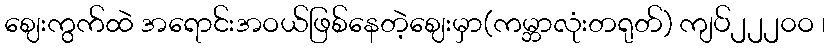
ဈေးကွက်ထဲ အရောင်းအဝယ်ဖြစ်နေတဲ့ဈေးမှာ(ကမ္ဘာလုံးတရုတ်) ကျပ်၂၂၂၀ဝ ၊